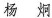
杨炯